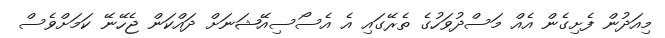
މިއަދުން ފެށިގެން އެއް މަސްދުވަހުގެ ތެރޭގައި އެ އެސޯސިއޭޝަނަށް ދައްކަން ޖެހޭނޭ ކަމަށްވެސް